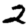
Digit: 2